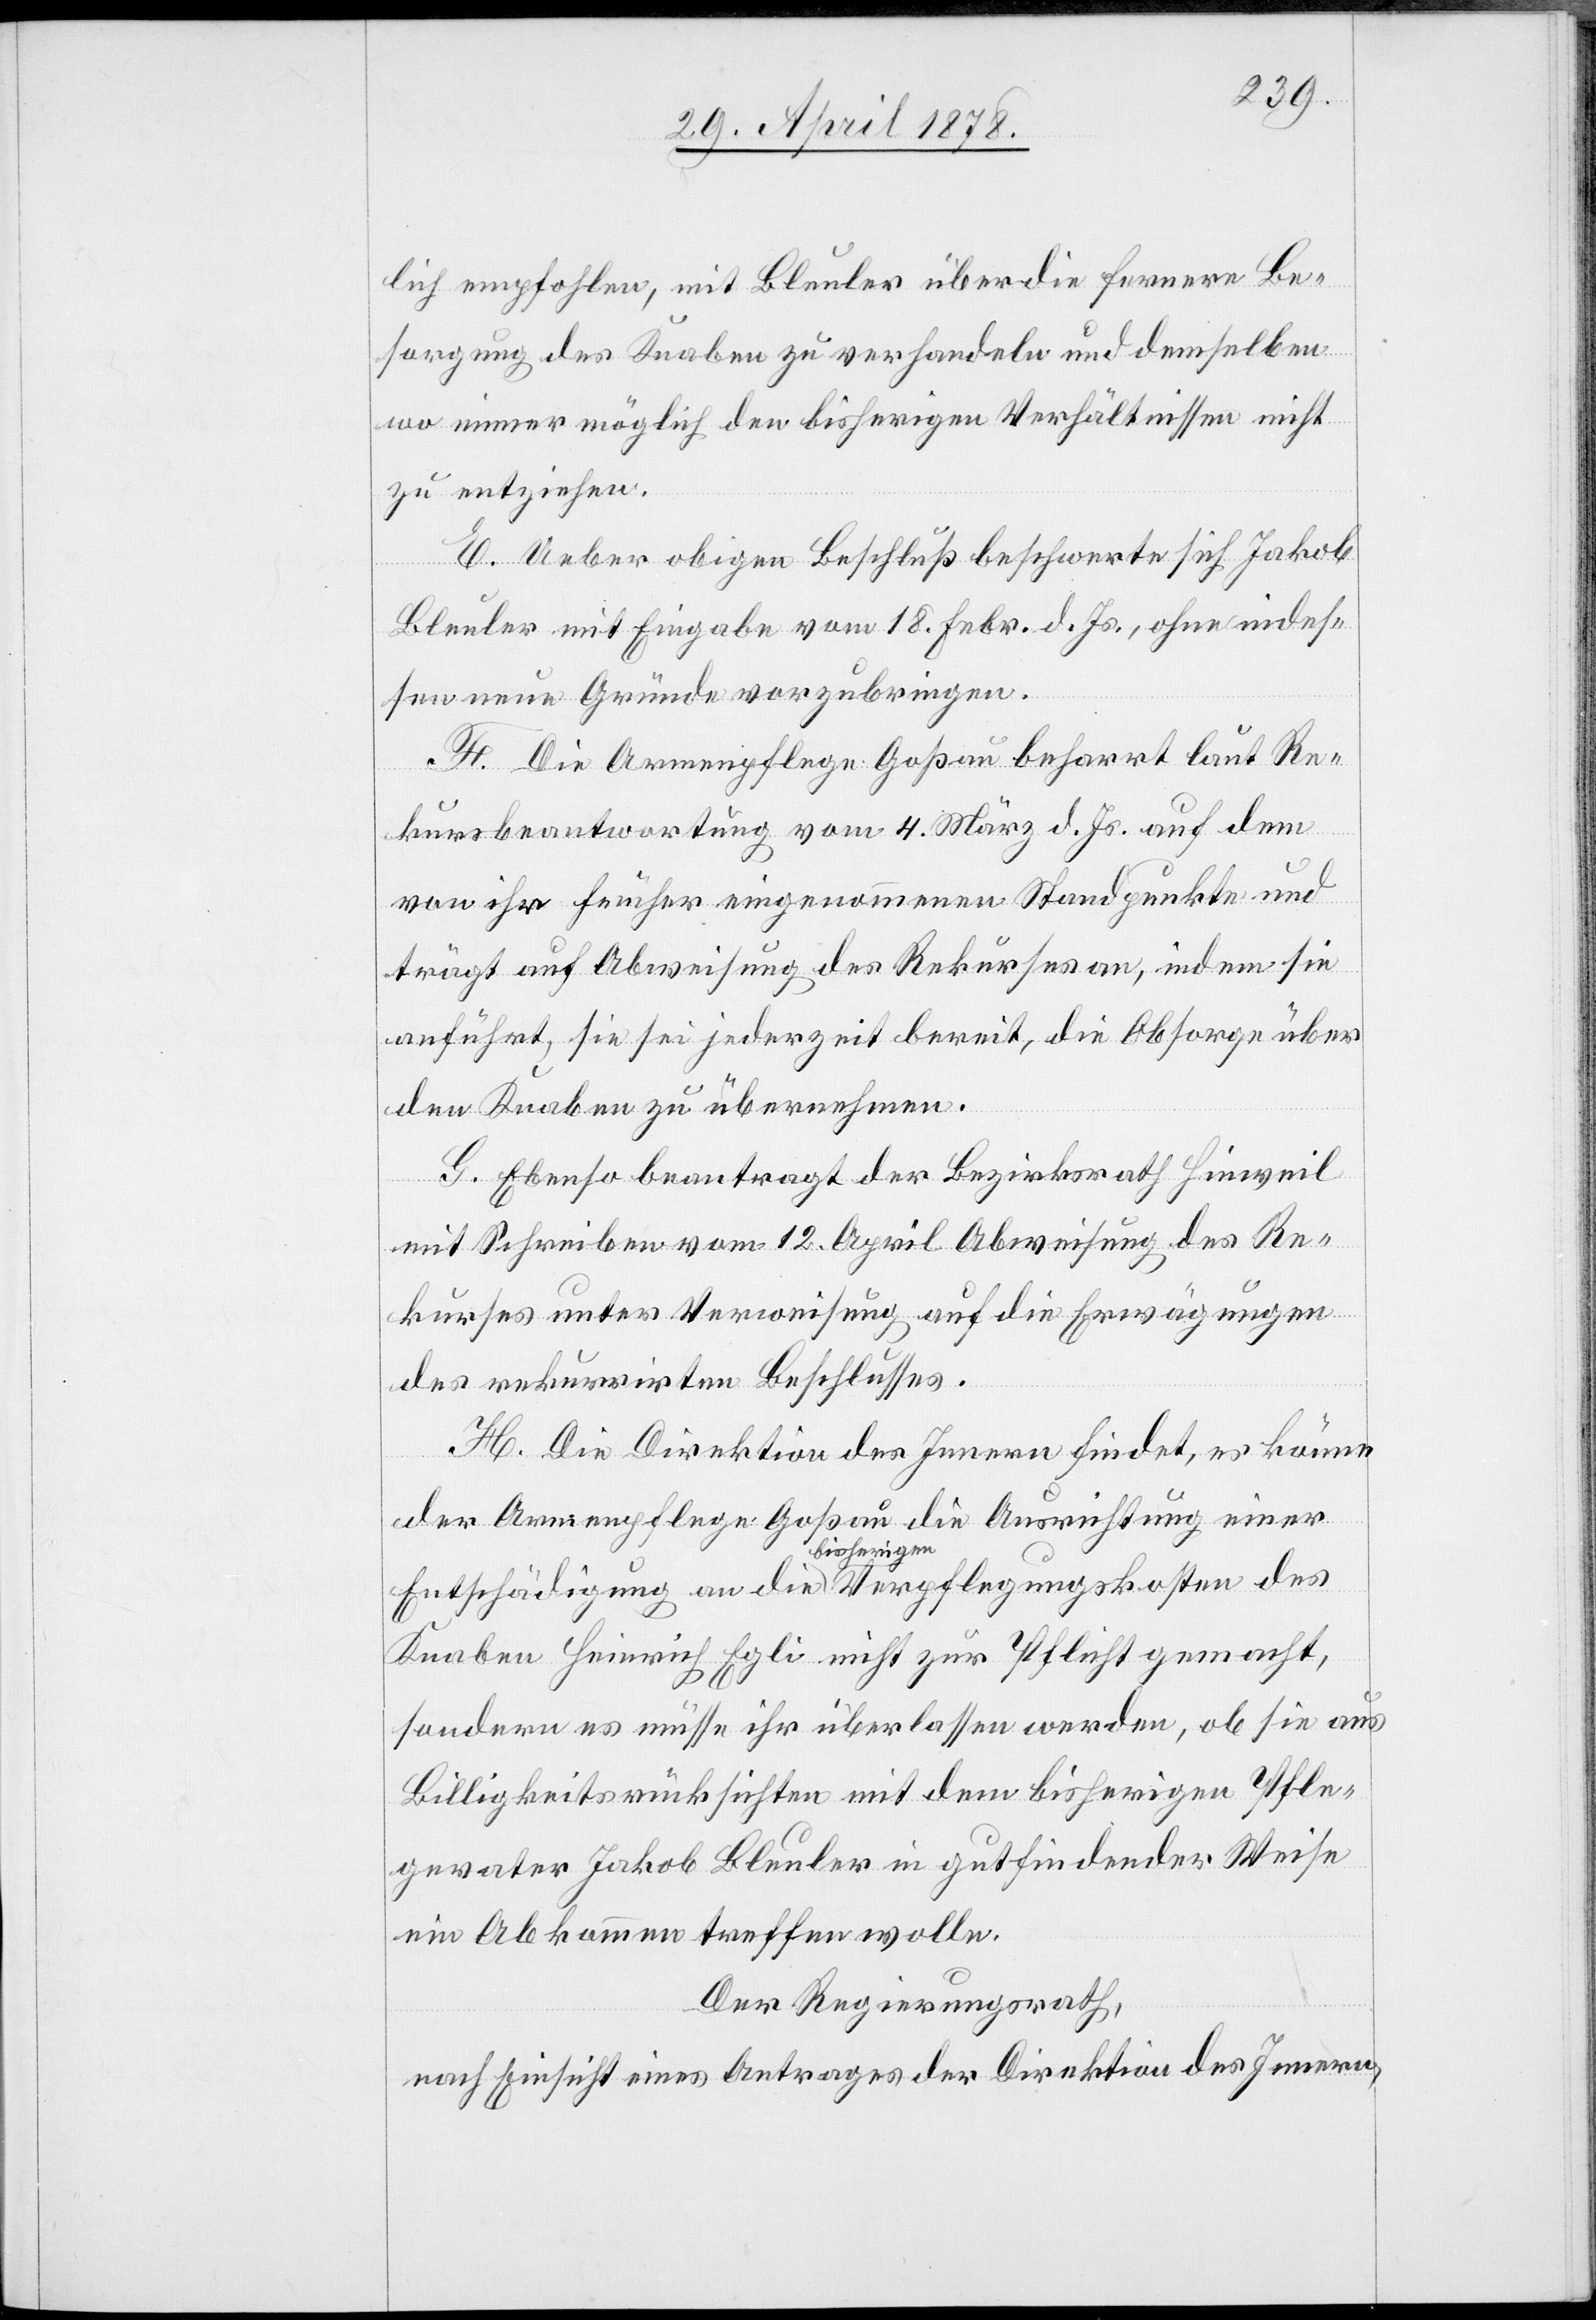
lich empfohlen, mit Bleuler über die fernere Be¬
sorgung des Knaben zu verhandeln und demselben
wo immer möglich den bisherigen Verhältnissen nicht
zu entziehen.
E. Ueber obigen Beschluß beschwerte sich Jakob
Bleuler mit Eingabe vom 18. Febr. d. Js., ohne indes¬
sen neue Gründe vorzubringen.
F. Die Armenpflege Goßau beharrt laut Re¬
kursbeantwortung vom 4. März d. Js. auf dem
von ihr früher eingenommenen Standpunkte und
trägt auf Abweisung des Rekurses an, indem sie
anführt, sie sei jederzeit bereit, die Obsorge über
den Knaben zu übernehmen.
G. Ebenso beantragt der Bezirksrath Hinweil
mit Schreiben vom 12. April Abweisung des Re¬
kurses unter Verweisung auf die Erwägungen
des rekurrirten Beschlusses.
H. Die Direktion des Innern findet, es könne
der Armenpflege Goßau die Ausrichtung einer
Entschädigung an die bisherigen Verpflegungskosten des
Knaben Heinrich Egli nicht zur Pflicht gemacht,
sondern es müsse ihr überlassen werden, ob sie aus
Billigkeitsrücksichten mit dem bisherigen Pfle¬
gevater Jakob Bleuler in gutfindender Weise
ein Abkommen treffen wolle.
Der Regierungsrath,
nach Einsicht eines Antrages der Direktion des Innern,